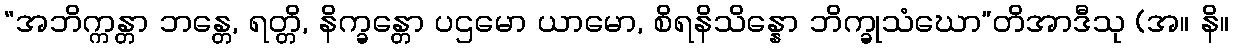
“အဘိက္ကန္တာ ဘန္တေ, ရတ္တိ, နိက္ခန္တော ပဌမော ယာမော, စိရနိသိန္နော ဘိက္ခုသံဃော”တိအာဒီသု (အ။ နိ။